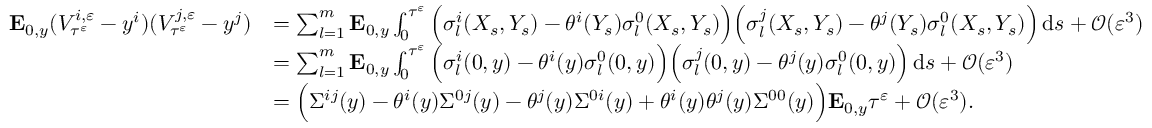
\begin{array} { r l } { \mathbf { E } _ { 0 , y } ( V _ { \tau ^ { \varepsilon } } ^ { i , \varepsilon } - y ^ { i } ) ( V _ { \tau ^ { \varepsilon } } ^ { j , \varepsilon } - y ^ { j } ) } & { = \sum _ { l = 1 } ^ { m } \mathbf { E } _ { 0 , y } \int _ { 0 } ^ { \tau ^ { \varepsilon } } \Big ( \sigma _ { l } ^ { i } ( X _ { s } , Y _ { s } ) - \theta ^ { i } ( Y _ { s } ) \sigma _ { l } ^ { 0 } ( X _ { s } , Y _ { s } ) \Big ) \Big ( \sigma _ { l } ^ { j } ( X _ { s } , Y _ { s } ) - \theta ^ { j } ( Y _ { s } ) \sigma _ { l } ^ { 0 } ( X _ { s } , Y _ { s } ) \Big ) \, \mathrm { d } s + \mathcal O ( \varepsilon ^ { 3 } ) } \\ & { = \sum _ { l = 1 } ^ { m } \mathbf { E } _ { 0 , y } \int _ { 0 } ^ { \tau ^ { \varepsilon } } \Big ( \sigma _ { l } ^ { i } ( 0 , y ) - \theta ^ { i } ( y ) \sigma _ { l } ^ { 0 } ( 0 , y ) \Big ) \Big ( \sigma _ { l } ^ { j } ( 0 , y ) - \theta ^ { j } ( y ) \sigma _ { l } ^ { 0 } ( 0 , y ) \Big ) \, \mathrm { d } s + \mathcal O ( \varepsilon ^ { 3 } ) } \\ & { = \Big ( \Sigma ^ { i j } ( y ) - \theta ^ { i } ( y ) \Sigma ^ { 0 j } ( y ) - \theta ^ { j } ( y ) \Sigma ^ { 0 i } ( y ) + \theta ^ { i } ( y ) \theta ^ { j } ( y ) \Sigma ^ { 0 0 } ( y ) \Big ) \mathbf { E } _ { 0 , y } \tau ^ { \varepsilon } + \mathcal O ( \varepsilon ^ { 3 } ) . } \end{array}